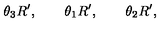
\theta _ { 3 } R ^ { \prime } , \qquad \theta _ { 1 } R ^ { \prime } , \qquad \theta _ { 2 } R ^ { \prime } ,